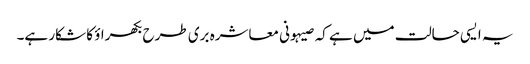
یہ ایسی حالت میں ہے کہ صیہونی معاشرہ بری طرح بکھراؤ کا شکار ہے۔